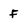
Character: F